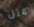
مثل